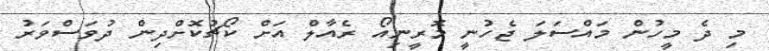
މި ދެ މީހުން މައްސަލަ ޖެހުނީ މޮރީނިއޯ ރެއާލް އަށް ކޯޗުކޮށްދިން ދުވަސްވަރު